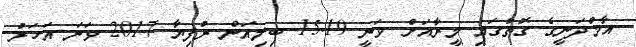
އާމްދަނީގެ ގޮތުގައި މީރާއަށް ވަނީ 15.19 ބިލިއަން ރުފިޔާ 2017 ވަނަ އަހަރު